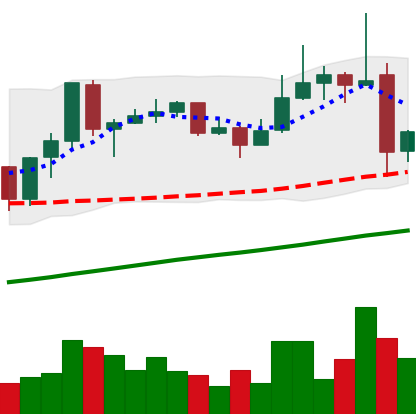
Ticker: ADA-USD
Chart end date: 2019-06-28
Forward return: -7.052%
Label: down_7plus